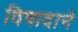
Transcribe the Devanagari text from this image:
विषादाने